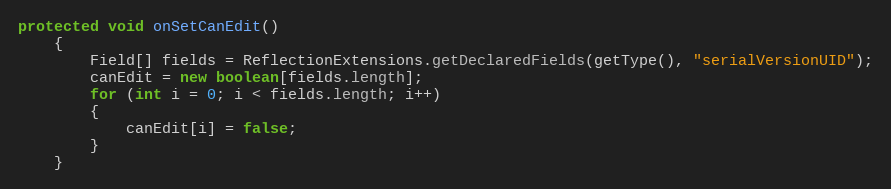
Language: Java
protected void onSetCanEdit()
	{
		Field[] fields = ReflectionExtensions.getDeclaredFields(getType(), "serialVersionUID");
		canEdit = new boolean[fields.length];
		for (int i = 0; i < fields.length; i++)
		{
			canEdit[i] = false;
		}
	}